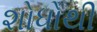
શોધોથી